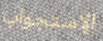
الإستجواب